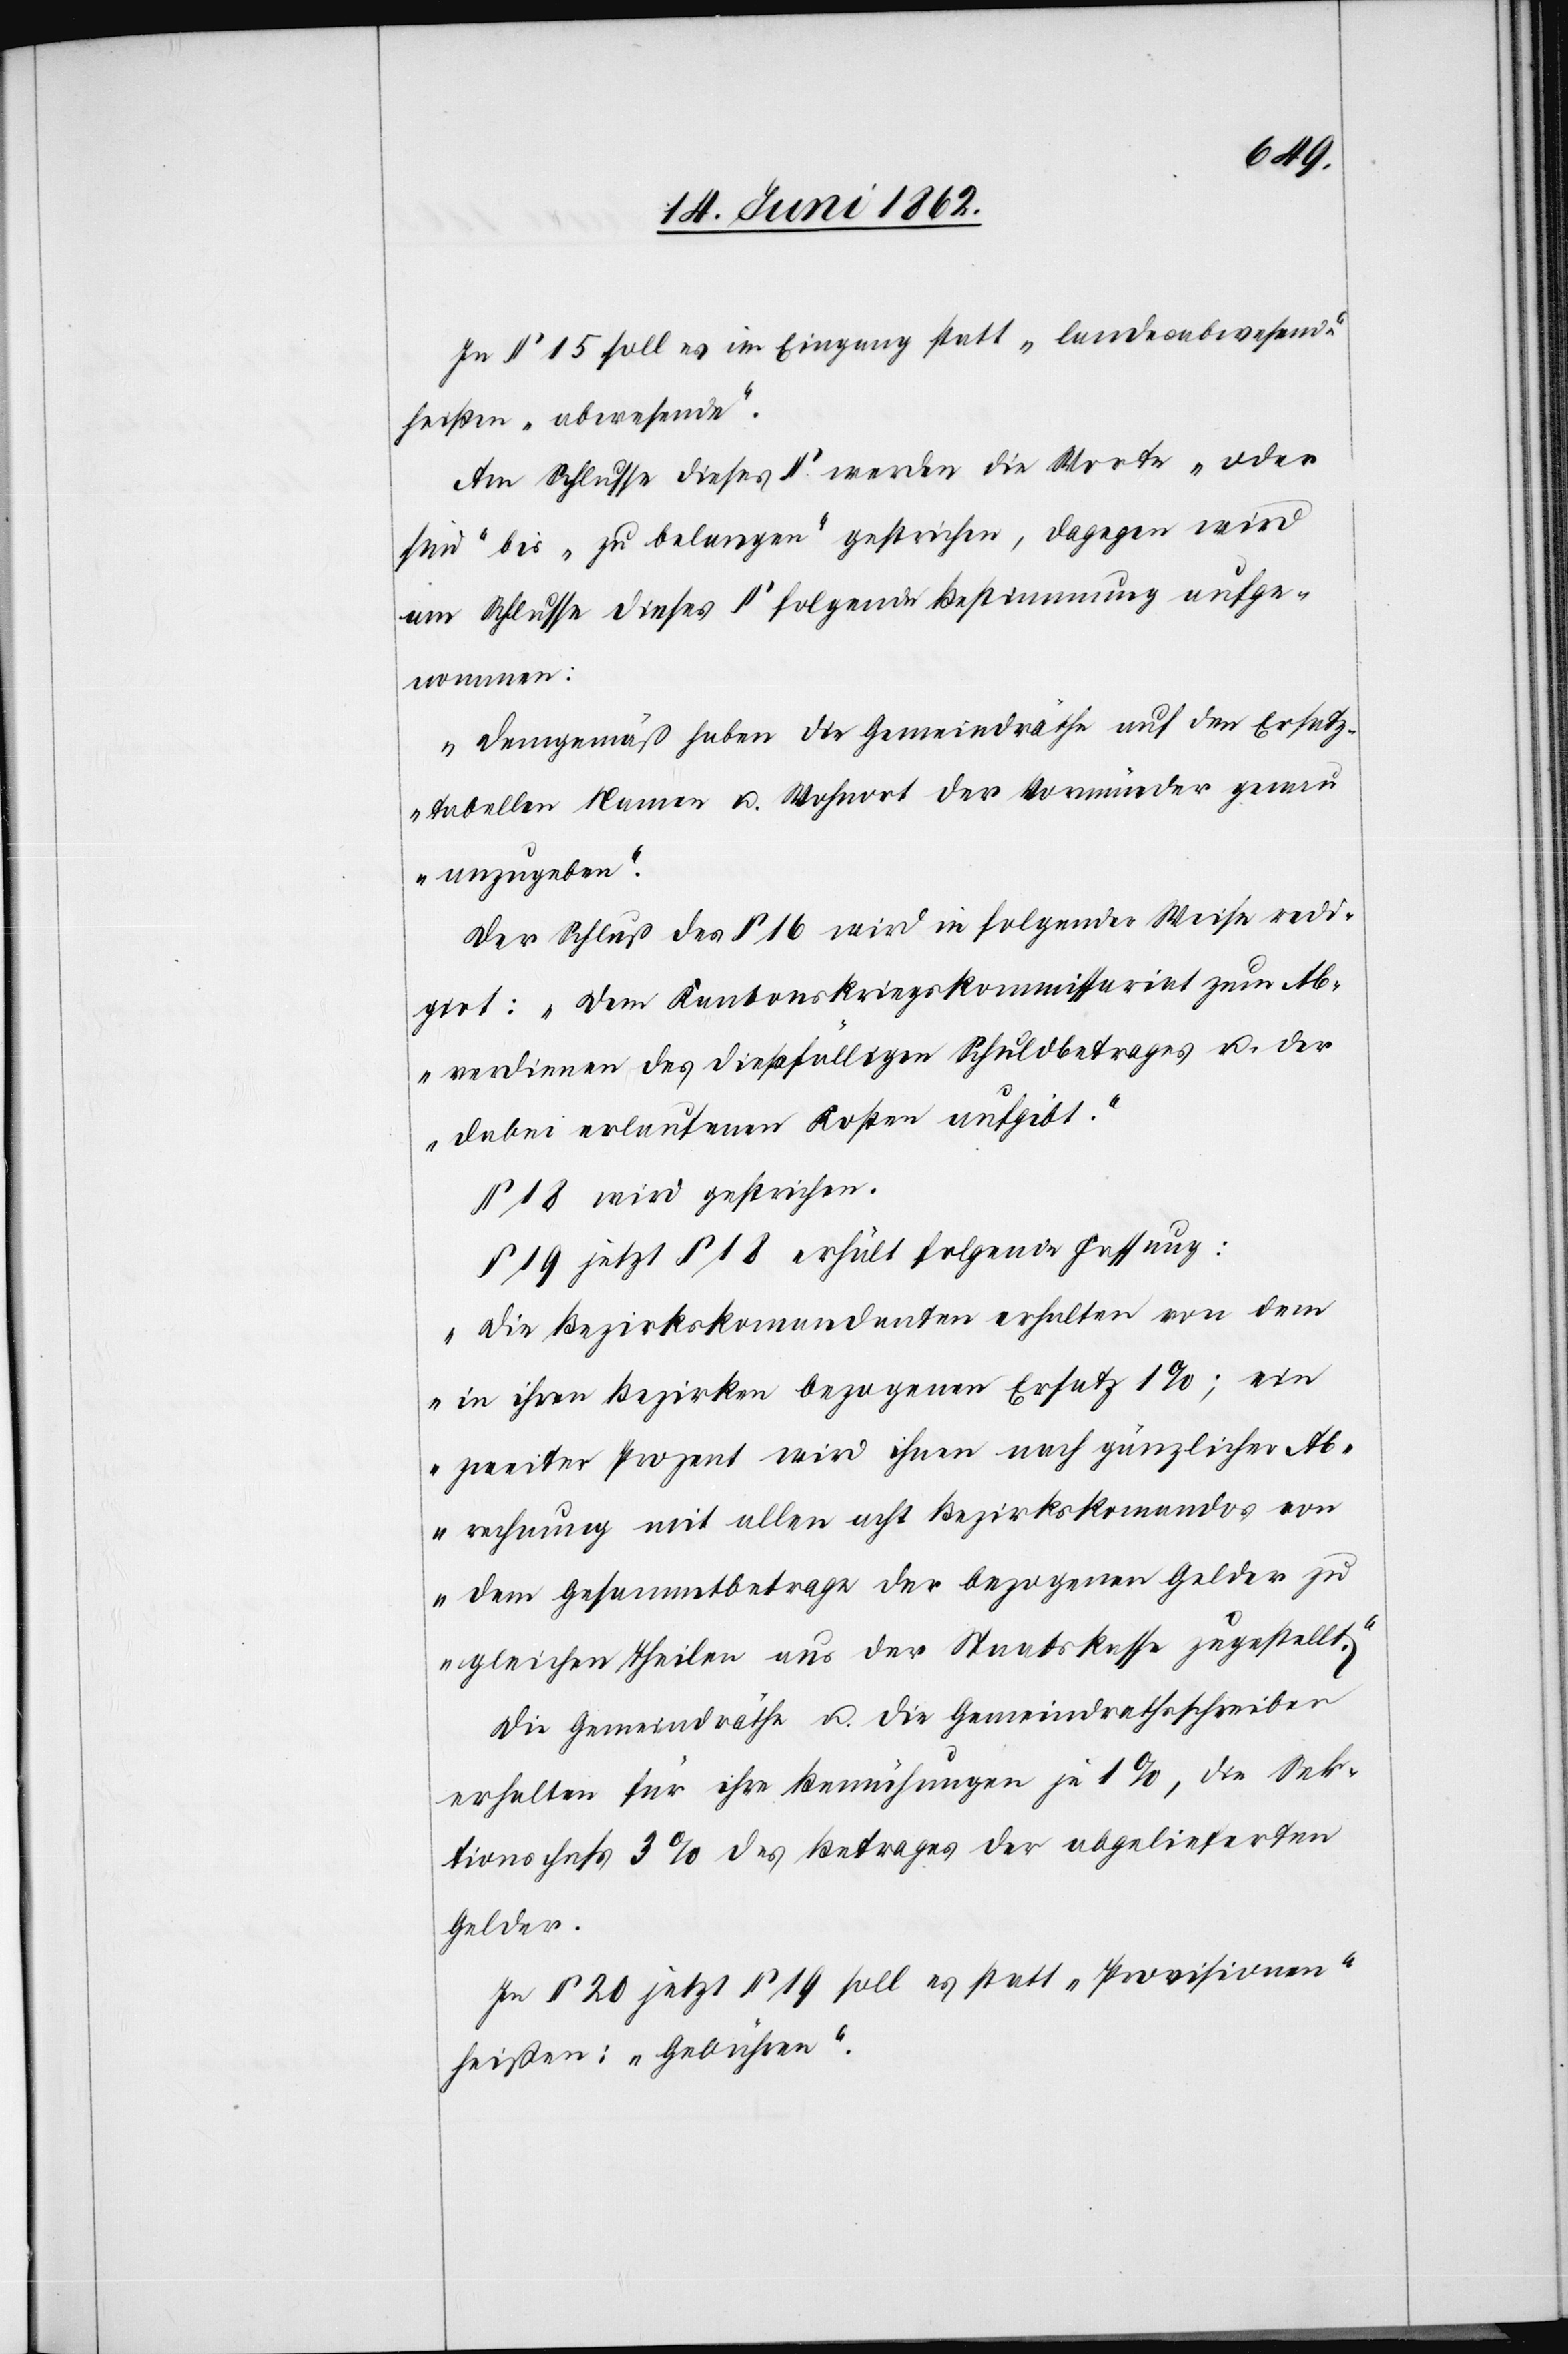
In § 15 soll es im Eingang statt „landesabwesende“
heißen „abwesende“.
Am Schlusse dieses § werden die Worte „oder
sind“ bis „zu belangen“ gestrichen, dagegen wird
am Schlusse dieses § folgende Bestimmung aufge¬
nommen:
„Demgemäß haben die Gemeindräthe auf den Ersatz¬
tabellen Namen u. Wohnort der Vormünder genau
anzugeben.“
Der Schluß des § 16 wird in folgender Weise redi¬
girt: „Dem Kantonskriegskommissariat zum Ab¬
verdienen des dießfälligen Schuldbetrages u. der
dabei erlaufenen Kosten aufgibt.“
§ 18 wird gestrichen.
§ 19 jetzt § 18 erhält folgende Fassung:
„Die Bezirkskomandanten erhalten von dem
in ihren Bezirken bezogenen Ersatz 1%; ein
zweites Prozent wird ihnen nach gänzlicher Ab¬
rechnung mit allen acht Bezirkskomandos von
dem Gesammtbetrage der bezogenen Gelder zu
gleichen Theilen aus der Staatskasse zugestellt.“
Die Gemeindräthe u. die Gemeindrathsschreiber
erhalten für ihre Bemühungen je 1%, die Sek¬
tionschefs 3% des Betrages der abgelieferten
Gelder.
In § 20 jetzt § 19 soll es statt „Provisionen“
heißen: „Gebühren“.